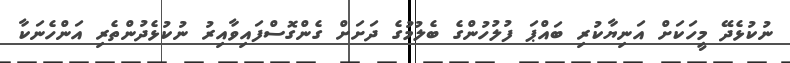
ނުކުޅެދޭ މީހަކަށް އަނިޔާކުރި ބައްޕަ ފުލުހުންގެ ބެލުމުގެ ދަށަށް ގެންގޮސްފައިވާއިރު ނުކުޅެދުންތެރި އަންހެނަކާ